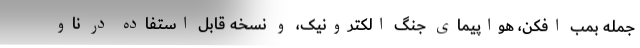
جمله بمب افکن، هواپیمای جنگ الکترونیک، و نسخه قابل استفاده در ناو